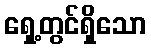
ရှေ့တွင်ရှိသော